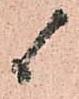
候